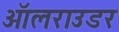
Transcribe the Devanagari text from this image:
ऑलराउडर